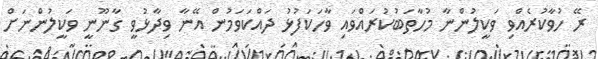
ރޭ ހުވާކުރެއްވި ވަކީލުންނާ މުހާތަބުކުރައްވައި ވާހަކަފުޅު ދައްކަވަމުން އޭނާ ވިދާޅުވީ ގާނޫނީ ވަކީލުންނަށް